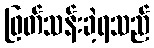
ဖြတ်သန်းခဲ့ရသည်